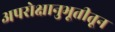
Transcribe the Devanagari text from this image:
अपरोक्षानुभूतीतून